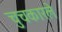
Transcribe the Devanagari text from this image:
चुचकारले